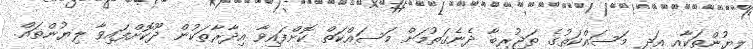
ލިޔުންތަކާއި އަދި މަސައްކަތުގެ ތަޖުރިބާ ދެނެގަތުމަށް މަސައްކަތް ކޮށްފައިވާ އިދާރާތަކުން ދޫކޮށްފައިވާ ލިޔުންތައް.